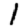
Digit: 1